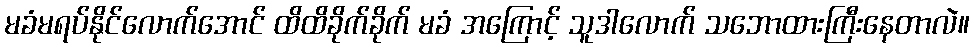
မခံမရပ်နိုင်လောက်အောင် ထိထိခိုက်ခိုက် မခံ အကြောင့် သူဒါလောက် သဘောထားကြီးနေတာလဲ။